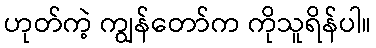
ဟုတ်ကဲ့ ကျွန်တော်က ကိုသူရိန်ပါ။